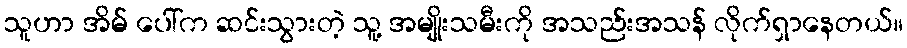
သူဟာ အိမ် ပေါ်က ဆင်းသွားတဲ့ သူ့ အမျိုးသမီးကို အသည်းအသန် လိုက်ရှာနေတယ်။